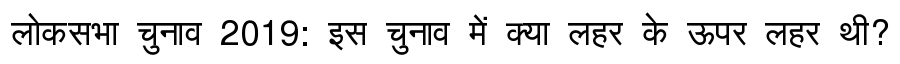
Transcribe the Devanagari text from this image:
लोकसभा चुनाव 2019: इस चुनाव में क्या लहर के ऊपर लहर थी?